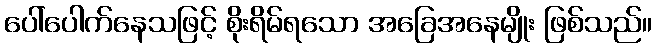
ပေါ်ပေါက်နေသဖြင့် စိုးရိမ်ရသော အခြေအနေမျိုး ဖြစ်သည်။